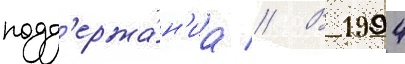
подд'ержа́н'иа // В 1994